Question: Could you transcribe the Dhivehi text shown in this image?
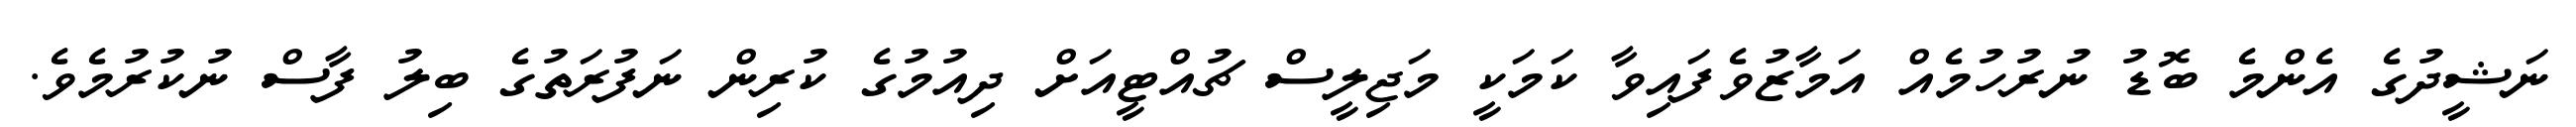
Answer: ނަޝީދުގެ އެންމެ ބޮޑު ނުރުހުމެއް އަމާޒުވެފައިވާ ކަމަކީ މަޖިލީސް ޗުއްޓީއަށް ދިއުމުގެ ކުރިން ނަފުރަތުގެ ބިލު ފާސް ނުކުރުމެވެ.